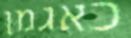
כאגמן